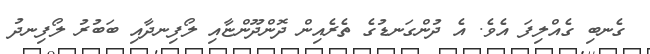
ގެނބި ގެއްލިފަ އެވެ. އެ ދުންގަނޑުގެ ތެރެއިން ދޮންދޫންޏާއި ލޯފިނދާއި ބަބުރު ލޯފިނދު